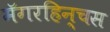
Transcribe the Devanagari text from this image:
मॅगरहिन्चस